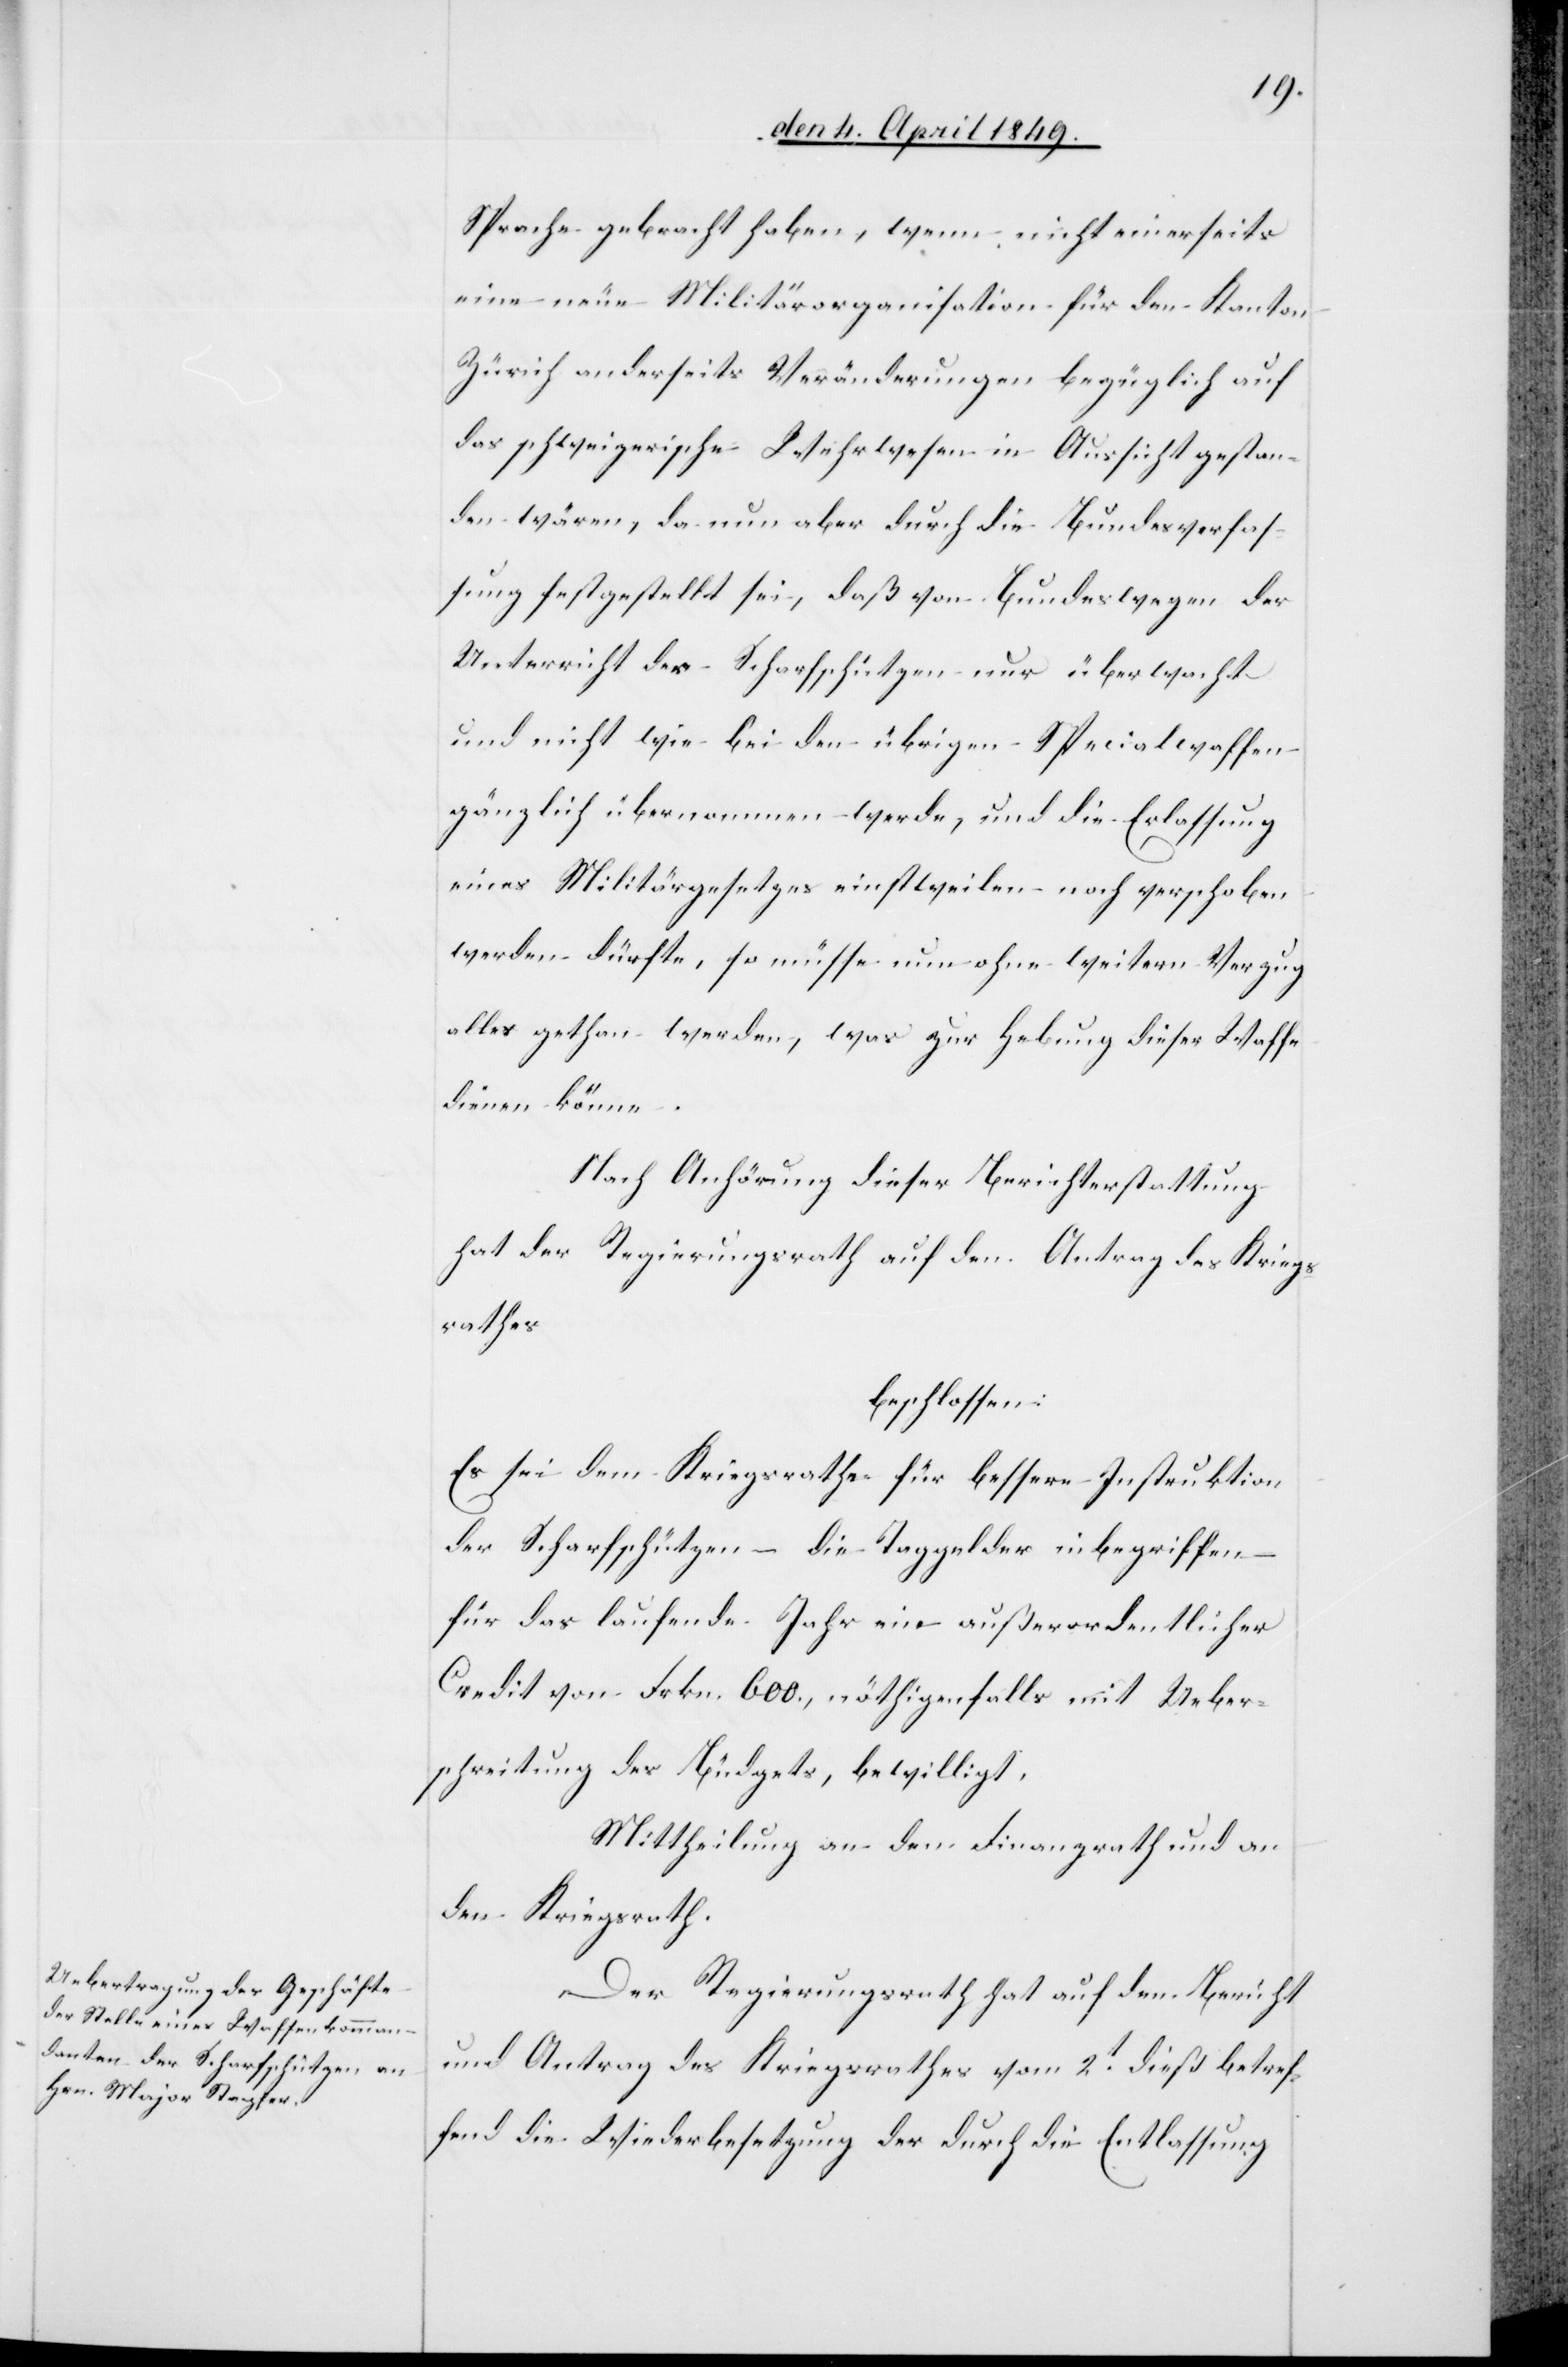
Sprache gebracht haben, wenn nicht einerseits
eine neue Militärorganisation für den Kanton
Zürich anderseits Veränderungen bezüglich auf
das schweizerische Wehrwesen in Aussicht gestan¬
den wären, da nun aber durch die Bundesverfas¬
sung festgestellt sei, daß von Bundeswegen der
Unterricht der Scharfschützen nur überwacht
und nicht wie bei den übrigen Specialwaffen
gänzlich übernommen werde, und die Erlassung
eines Militärgesetzes einstweilen noch verschoben
werden dürfte, so müsse nun ohne weitern Verzug
alles gethan werden, was zur Hebung dieser Waffe
dienen könne.
Nach Anhörung dieser Berichterstattung
hat der Regierungsrath auf den Antrag des Kriegs¬
rathes
beschlossen:
Es sei dem Kriegsrathe für bessere Instruktion
der Scharfschützen – die Taggelder inbegriffen
für das laufende Jahr ein außerordentlicher
Credit von Frkn. 600, nöthigenfalls mit Ueber¬
schreitung des Büdgets, bewilligt,
Mittheilung an den Finanzrath und an
den Kriegsrath.
Der Regierungsrath hat auf den Bericht
und Antrag des Kriegsrathes vom 2t dieß betref¬
fend die Wiederbesetzung der durch die Entlassung